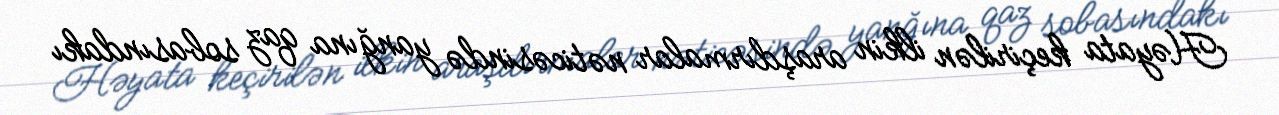
Həyata keçirilən ilkin araşdırmalar nəticəsində yanğına qaz sobasındakı